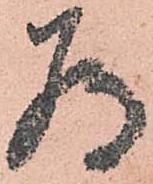
為